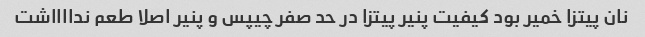
نان پیتزا خمیر بود کیفیت پنیر پیتزا در حد صفر چیپس و پنیر اصلا طعم ندااااشت